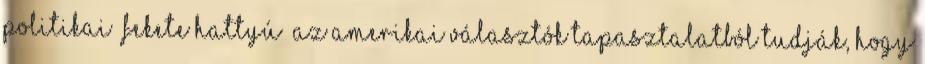
politikai „fekete hattyú” Az amerikai választók tapasztalatból tudják, hogy